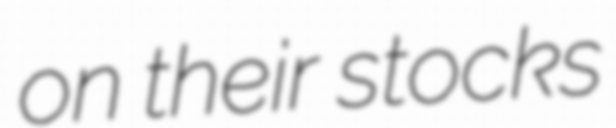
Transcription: on their stocks